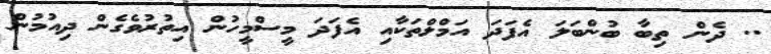
.. ދެން ތިބާ ބުންބަލަ އެފަދަ އަމްލްތަކާއި އެފަދަ މީސްމީހުން އިތުރުވެގެން ދިއުމުން